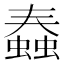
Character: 𧐧